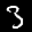
Label: 3